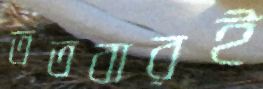
ততবারই